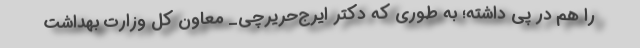
را هم در پِی داشته؛ به طوری که دکتر ایرج‌حریرچی_ معاون کل وزارت بهداشت